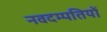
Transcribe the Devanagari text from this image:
नवदम्पतियों